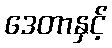
ဒေတာနှင့်